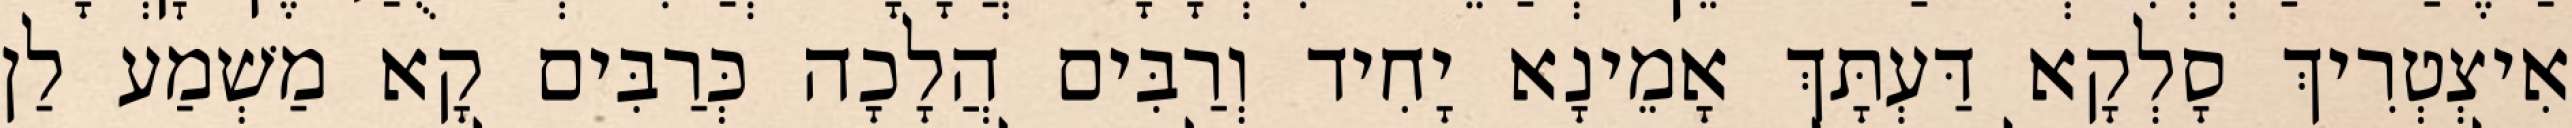
אִיצְטְרִיךְ סָלְקָא דַּעְתָּךְ אָמֵינָא יָחִיד וְרַבִּים הֲלָכָה כְּרַבִּים קָא מַשְׁמַע לַן